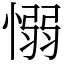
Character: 愵